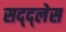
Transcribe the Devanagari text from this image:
सद्द्लेस